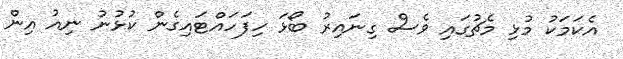
އެކަމަކު މުޅި މެޗުގައި ވެސް ގިނައިރު ބޯޅަ ހިފަހައްޓައިގެން ކުޅުނު ނިއު އިން